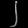
Digit: ၂